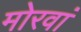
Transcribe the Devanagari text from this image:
मोरवां